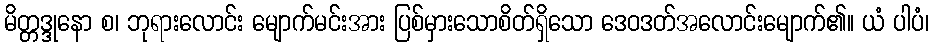
မိတ္တဒ္ဒုနော စ၊ ဘုရားလောင်း မျောက်မင်းအား ပြစ်မှားသောစိတ်ရှိသော ဒေဝဒတ်အလောင်းမျောက်၏။ ယံ ပါပံ၊